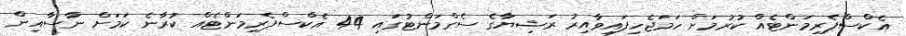
އެކްސްޕެރިމަންޓެއް ކުރުމަށް ހަމަޖެހިފައިވާއިރު ރަޝިޔާގެ ސެގްމަންޓުގައި 44 އެކްސްޕެރިމަންޓެއް ކުރާނެ ކަމަށް ނާސާއިން